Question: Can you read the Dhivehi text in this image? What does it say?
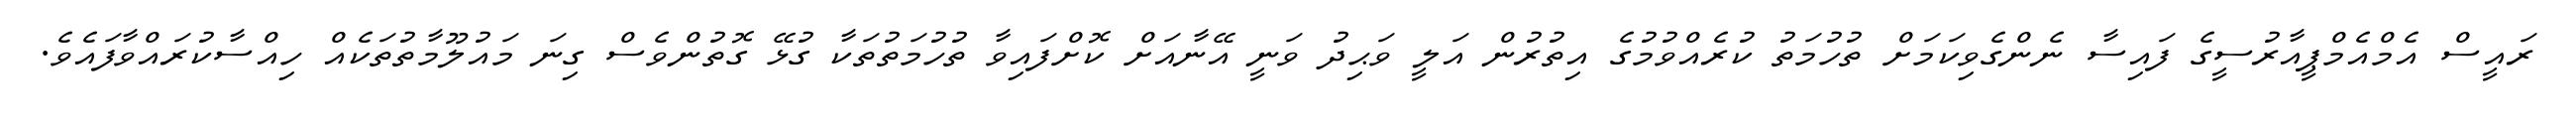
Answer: ރައީސް އެމްއެމްޕީއާރުސީގެ ފައިސާ ނެންގެވިކަމަށް ތުހުމަތު ކުރެއްވުމުގެ އިތުރުން އަލީ ވަޙިދު ވަނީ އޭނާއަށް ކޮށްފައިވާ ތުހުމަތުތަކާ ގުޅޭ ގޮތުންވެސް ގިނަ މައުލޫމާތުތަކެއް ހިއްސާކުރައްވާފައެވެ.